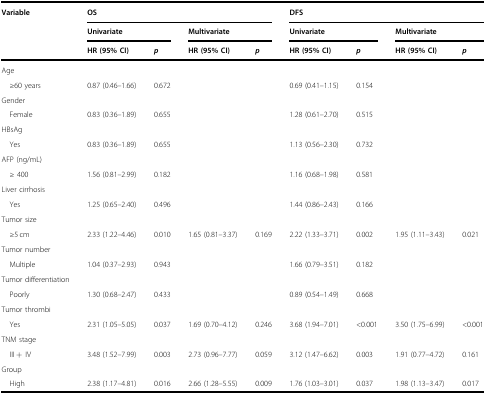
<table><thead><tr><td rowspan="3"><b>Variable</b></td><td colspan="4"><b>OS</b></td><td colspan="4"><b>DFS</b></td></tr><tr><td colspan="2"><b>Univariate</b></td><td colspan="2"><b>Multivariate</b></td><td colspan="2"><b>Univariate</b></td><td colspan="2"><b>Multivariate</b></td></tr><tr><td><b>HR (95% CI)</b></td><td><b><i>p</i></b></td><td><b>HR (95% CI)</b></td><td><b><i>p</i></b></td><td><b>HR (95% CI)</b></td><td><b><i>p</i></b></td><td><b>HR (95% CI)</b></td><td><b><i>p</i></b></td></tr></thead><tbody><tr><td>Age</td><td></td><td></td><td></td><td></td><td></td><td></td><td></td><td></td></tr><tr><td> ≥60 years</td><td>0.87 (0.46–1.66)</td><td>0.672</td><td></td><td></td><td>0.69 (0.41–1.15)</td><td>0.154</td><td></td><td></td></tr><tr><td>Gender</td><td></td><td></td><td></td><td></td><td></td><td></td><td></td><td></td></tr><tr><td> Female</td><td>0.83 (0.36–1.89)</td><td>0.655</td><td></td><td></td><td>1.28 (0.61–2.70)</td><td>0.515</td><td></td><td></td></tr><tr><td>HBsAg</td><td></td><td></td><td></td><td></td><td></td><td></td><td></td><td></td></tr><tr><td> Yes</td><td>0.83 (0.36–1.89)</td><td>0.655</td><td></td><td></td><td>1.13 (0.56–2.30)</td><td>0.732</td><td></td><td></td></tr><tr><td>AFP (ng/mL)</td><td></td><td></td><td></td><td></td><td></td><td></td><td></td><td></td></tr><tr><td> ≥ 400</td><td>1.56 (0.81–2.99)</td><td>0.182</td><td></td><td></td><td>1.16 (0.68–1.98)</td><td>0.581</td><td></td><td></td></tr><tr><td>Liver cirrhosis</td><td></td><td></td><td></td><td></td><td></td><td></td><td></td><td></td></tr><tr><td> Yes</td><td>1.25 (0.65–2.40)</td><td>0.496</td><td></td><td></td><td>1.44 (0.86–2.43)</td><td>0.166</td><td></td><td></td></tr><tr><td>Tumor size</td><td></td><td></td><td></td><td></td><td></td><td></td><td></td><td></td></tr><tr><td> ≥5 cm</td><td>2.33 (1.22–4.46)</td><td>0.010</td><td>1.65 (0.81–3.37)</td><td>0.169</td><td>2.22 (1.33–3.71)</td><td>0.002</td><td>1.95 (1.11–3.43)</td><td>0.021</td></tr><tr><td>Tumor number</td><td></td><td></td><td></td><td></td><td></td><td></td><td></td><td></td></tr><tr><td> Multiple</td><td>1.04 (0.37–2.93)</td><td>0.943</td><td></td><td></td><td>1.66 (0.79–3.51)</td><td>0.182</td><td></td><td></td></tr><tr><td>Tumor differentiation</td><td></td><td></td><td></td><td></td><td></td><td></td><td></td><td></td></tr><tr><td> Poorly</td><td>1.30 (0.68–2.47)</td><td>0.433</td><td></td><td></td><td>0.89 (0.54–1.49)</td><td>0.668</td><td></td><td></td></tr><tr><td>Tumor thrombi</td><td></td><td></td><td></td><td></td><td></td><td></td><td></td><td></td></tr><tr><td> Yes</td><td>2.31 (1.05–5.05)</td><td>0.037</td><td>1.69 (0.70–4.12)</td><td>0.246</td><td>3.68 (1.94–7.01)</td><td>&lt;0.001</td><td>3.50 (1.75–6.99)</td><td>&lt;0.001</td></tr><tr><td>TNM stage</td><td></td><td></td><td></td><td></td><td></td><td></td><td></td><td></td></tr><tr><td> III +IV</td><td>3.48 (1.52–7.99)</td><td>0.003</td><td>2.73 (0.96–7.77)</td><td>0.059</td><td>3.12 (1.47–6.62)</td><td>0.003</td><td>1.91 (0.77–4.72)</td><td>0.161</td></tr><tr><td>Group</td><td></td><td></td><td></td><td></td><td></td><td></td><td></td><td></td></tr><tr><td> High</td><td>2.38 (1.17–4.81)</td><td>0.016</td><td>2.66 (1.28–5.55)</td><td>0.009</td><td>1.76 (1.03–3.01)</td><td>0.037</td><td>1.98 (1.13–3.47)</td><td>0.017</td></tr></tbody></table>